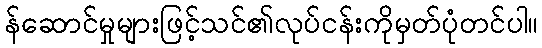
န်ဆောင်မှုများဖြင့်သင်၏လုပ်ငန်းကိုမှတ်ပုံတင်ပါ။